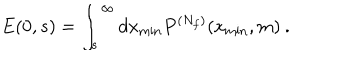
E ( 0 , s ) = \int _ { s } ^ { \infty } d x _ { \mathrm { m i n } } P ^ { ( N _ { f } ) } ( x _ { \mathrm { m i n } } , m ) \: .